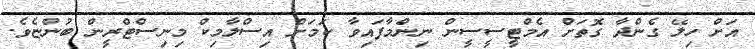
އަށް ހިލޭ ގެންދާ ގޮތަށް އެމްޓީސީސީން ނިންމާފައިވާ ކަމަށް އިސްލާމިކް މިނިސްޓްރީން ބުންޏެވެ.